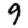
Digit: 9